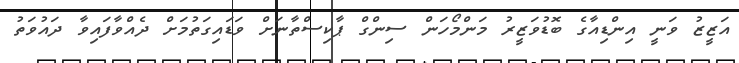
އަޒީޒު ވަނީ އިންޑިއާގެ ބޮޑުވަޒީރު މަންމޯހަން ސިންގް ޕާކިސްތާނަށް ވަޑައިގަތުމަށް ދެއްވާފައިވާ ދައުވަތު